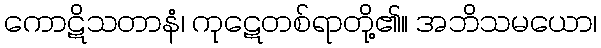
ကောဋိသတာနံ၊ ကုဋေတစ်ရာတို့၏။ အဘိသမယော၊